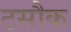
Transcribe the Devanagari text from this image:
टसौक